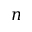
n